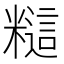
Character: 𰫎